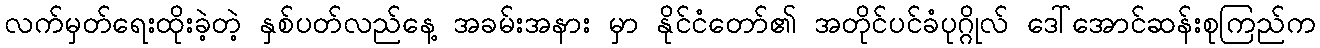
လက်မှတ်ရေးထိုးခဲ့တဲ့ နှစ်ပတ်လည်နေ့ အခမ်းအနား မှာ နိုင်ငံတော်၏ အတိုင်ပင်ခံပုဂ္ဂိုလ် ဒေါ်အောင်ဆန်းစုကြည်က